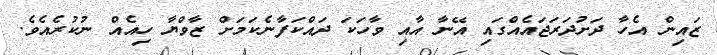
ޒައިން އެހާ ދަށުދަރަޖައެއްގައި އޭނާ އާއި ވާހަކަ ދައްކަފާނެކަމަށް ޒާވްޔާ ހިއެއް ނުކުރެއެވެ.